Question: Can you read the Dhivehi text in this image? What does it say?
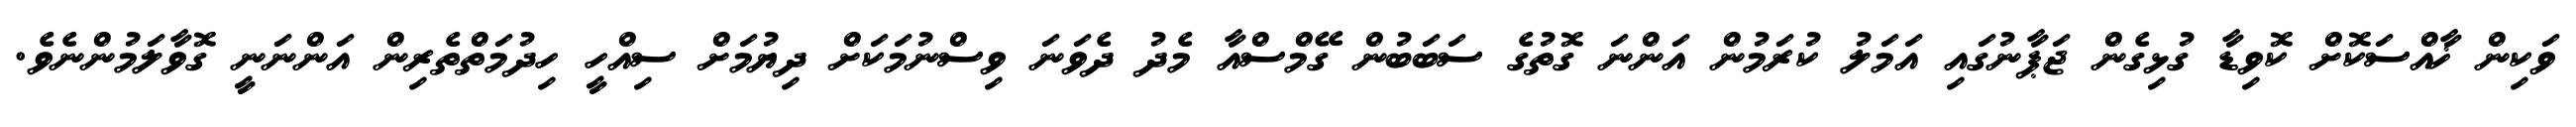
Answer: ވަކިން ޚާއްސަކޮށް ކޮވިޑާ ގުޅިގެން ޖަޕާނުގައި އަމަލު ކުރަމުން އަންނަ ގޮތުގެ ސަބަބުން ގޭމްސްއާ މެދު ދެވަނަ ވިސްނުމަކަށް ދިޔުމަށް ސިއްހީ ހިދުމަތްތެރިން އަންނަނީ ގޮވާލަމުންނެވެ.